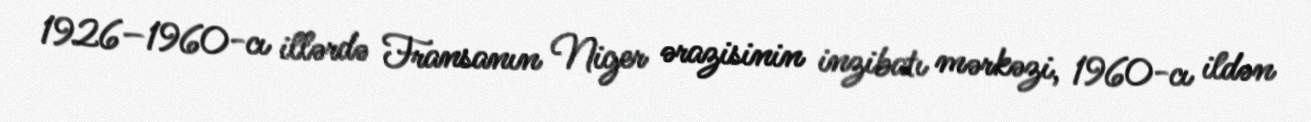
1926–1960-cı illərdə Fransanın Niger ərazisinin inzibatı mərkəzi, 1960-cı ildən